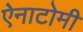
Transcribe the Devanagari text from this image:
ऐनाटोमी